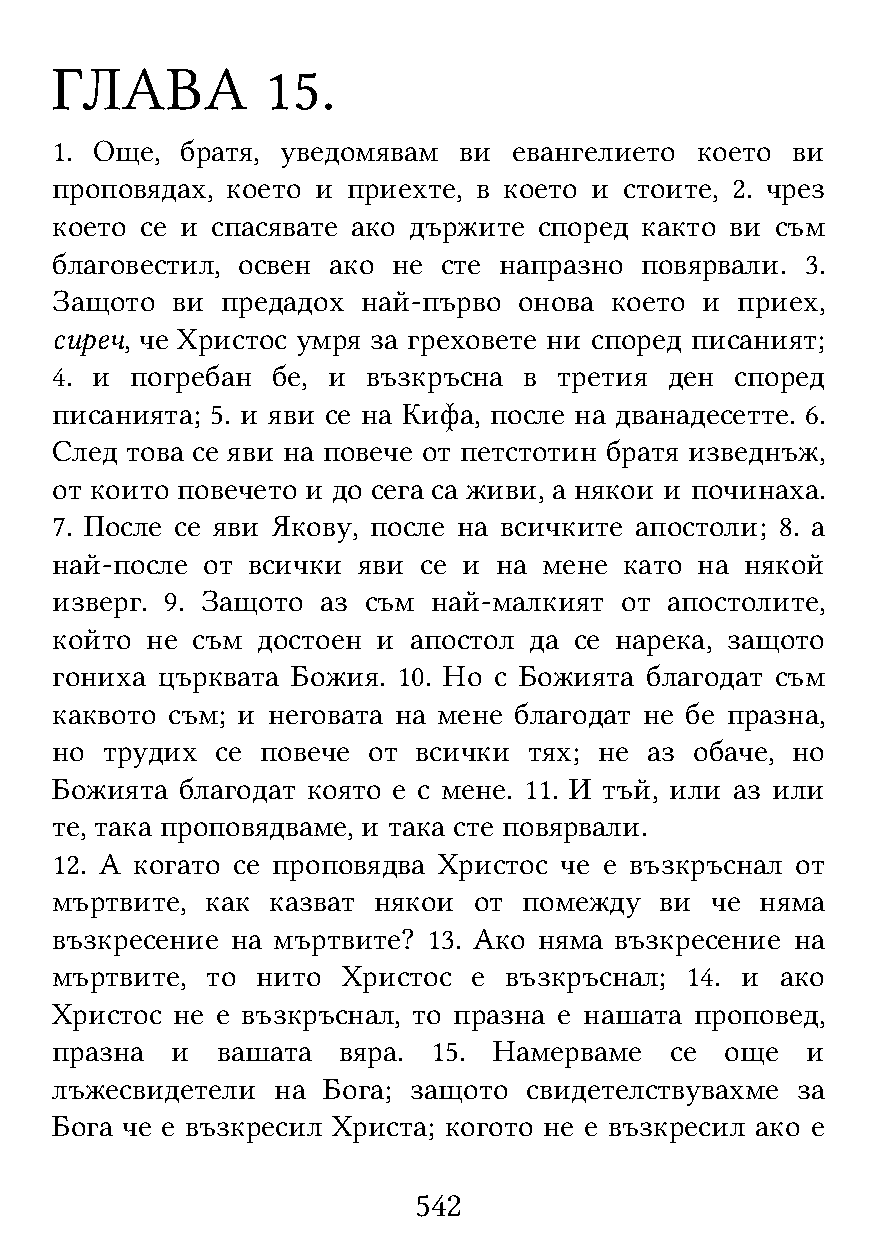
ГЛАВА          15.
 1. Още,  братя, уведомявам ви  евангелието което ви
 проповядах, което и приехте, в което и стоите, 2. чрез
 което се и спасявате ако държите според както ви съм
 благовестил, освен ако не сте напразно повярвали. 3.
 Защото  ви  предадох най-първо онова което и  приех,
 сиреч, че Христос умря за греховете ни според писаният;
 4. и  погребан бе, и възкръсна  в третия ден  според
 писанията; 5. и яви се на Кифа, после на дванадесетте. 6.
 След това се яви на повече от петстотин братя изведнъж,
 от които повечето и до сега са живи, а някои и починаха.
 7. После се яви Якову, после на всичките апостоли; 8. а
 най-после от всички  яви се и на мене като на някой
 изверг. 9. Защото аз съм  най-малкият от апостолите,
 който  не съм достоен и апостол да се нарека, защото
 гониха църквата Божия. 10. Но с Божията благодат съм
 каквото съм; и неговата на мене благодат не бе празна,
 но  трудих се повече от всички  тях; не аз обаче, но
 Божията  благодат която е с мене. 11. И тъй, или аз или
 те, така проповядваме, и така сте повярвали.
 12. А когато се проповядва Христос че е възкръснал от
 мъртвите,  как казват някои от  помежду  ви че няма
 възкресение на мъртвите? 13. Ако няма възкресение на
 мъртвите,  то нито  Христос е възкръснал; 14. и  ако
 Христос не е възкръснал, то празна е нашата проповед,
 празна  и  вашата  вяра.  15. Намерваме  се  още  и
 лъжесвидетели  на Бога; защото  свидетелствувахме за
 Бога че е възкресил Христа; когото не е възкресил ако е
 542